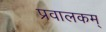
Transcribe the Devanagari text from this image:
प्रवालकम्‌